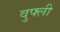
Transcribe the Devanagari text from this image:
वुफ्ली